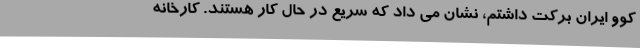
کوو ایران برکت داشتم، نشان می داد که سریع در حال کار هستند. کارخانه